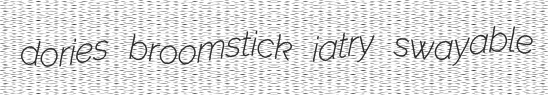
dories broomstick iatry swayable